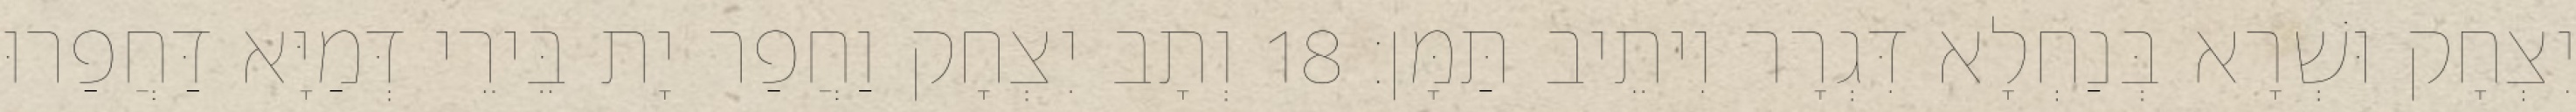
יִצְחָק וּשְׁרָא בְּנַחְלָא דִּגְרָר וִיתֵיב תַּמָּן׃ 18 וְתָב יִצְחָק וַחֲפַר יָת בֵּירֵי דְּמַיָּא דַּחֲפַרוּ